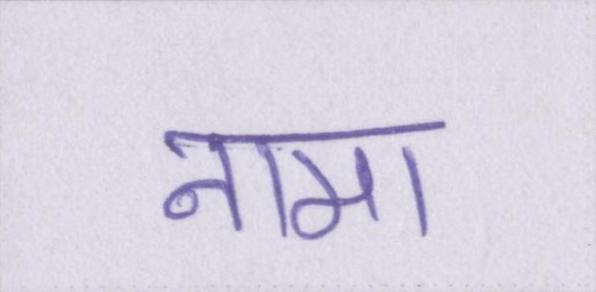
नामा